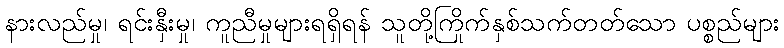
နားလည်မှု၊ ရင်းနှီးမှု၊ ကူညီမှုများရရှိရန် သူတို့ကြိုက်နှစ်သက်တတ်သော ပစ္စည်များ